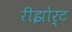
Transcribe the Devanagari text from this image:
रीझोर्ट